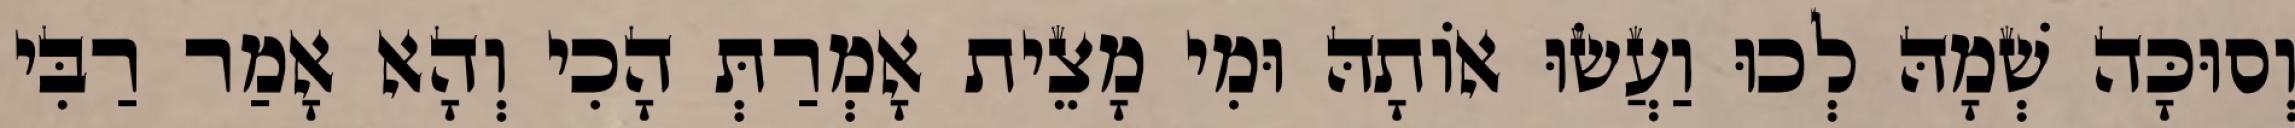
וְסוּכָּה שְׁמָהּ לְכוּ וַעֲשׂוּ אוֹתָהּ וּמִי מָצֵית אָמְרַתְּ הָכִי וְהָא אָמַר רַבִּי